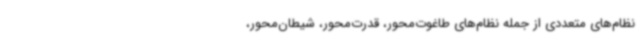
نظام‌های متعددی از جمله نظام‌های طاغوت‌محور، قدرت‌محور، شیطان‌محور،